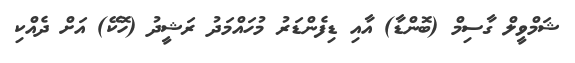
ޝަމްވީލް ގާސިމް (ބޮންޑާ) އާއި ޑިފެންޑަރު މުހައްމަދު ރަޝީދު (ހޮކޭ) އަށް ދެއްކި